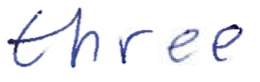
Text: three
Cross-out: clean
Writing tool: ballpoint